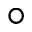
^ { \circ }